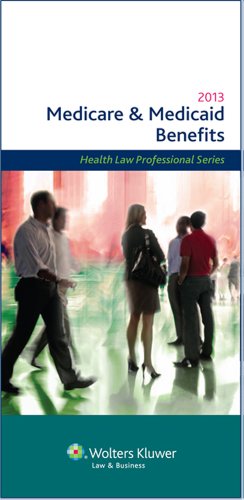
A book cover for Medicare & Medicaid Benefits, 2013 Edition (Medicare and Medicaid Benefits); Wolters Kluwer Law & Business Attorney Editors; Law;